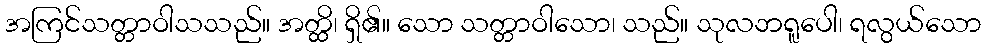
အကြင်သတ္တာဝါသသည်။ အတ္ထိ၊ ရှိ၏။ သော သတ္တာဝါသော၊ သည်။ သုလဘရူပေါ၊ ရလွယ်သော